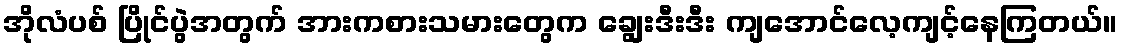
အိုလံပစ် ပြိုင်ပွဲအတွက် အားကစားသမားတွေက ချွေးဒီးဒီး ကျအောင်လေ့ကျင့်နေကြတယ်။